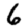
Digit: 6